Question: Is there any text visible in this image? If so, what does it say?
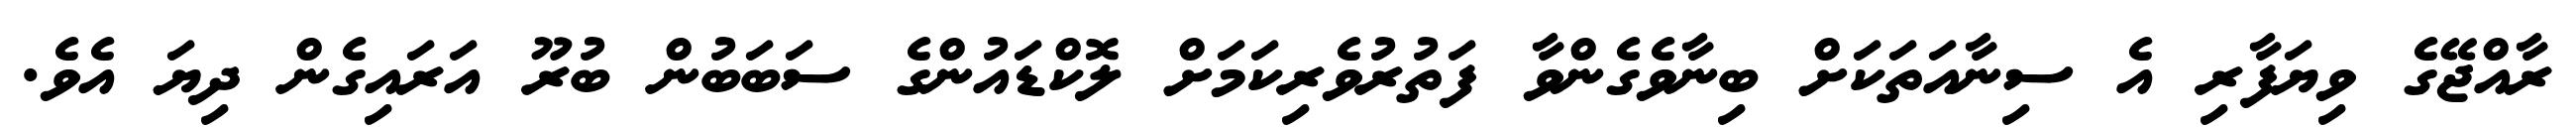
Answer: ރާއްޖޭގެ ވިޔަފާރި އެ ސިނާއަތަކަށް ބިނާވެގެންވާ ފަތުރުވެރިކަމަށް ލޮކްޑައުންގެ ސަބަބުން ބުރޫ އަރައިގެން ދިޔަ އެވެ.